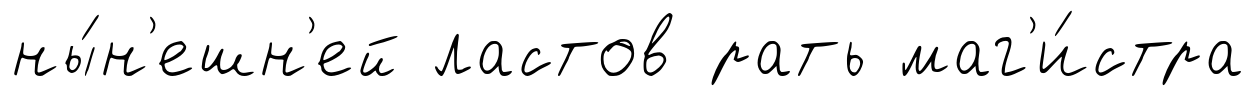
ны́н'ешн'ей ластов рать маг'и́стра